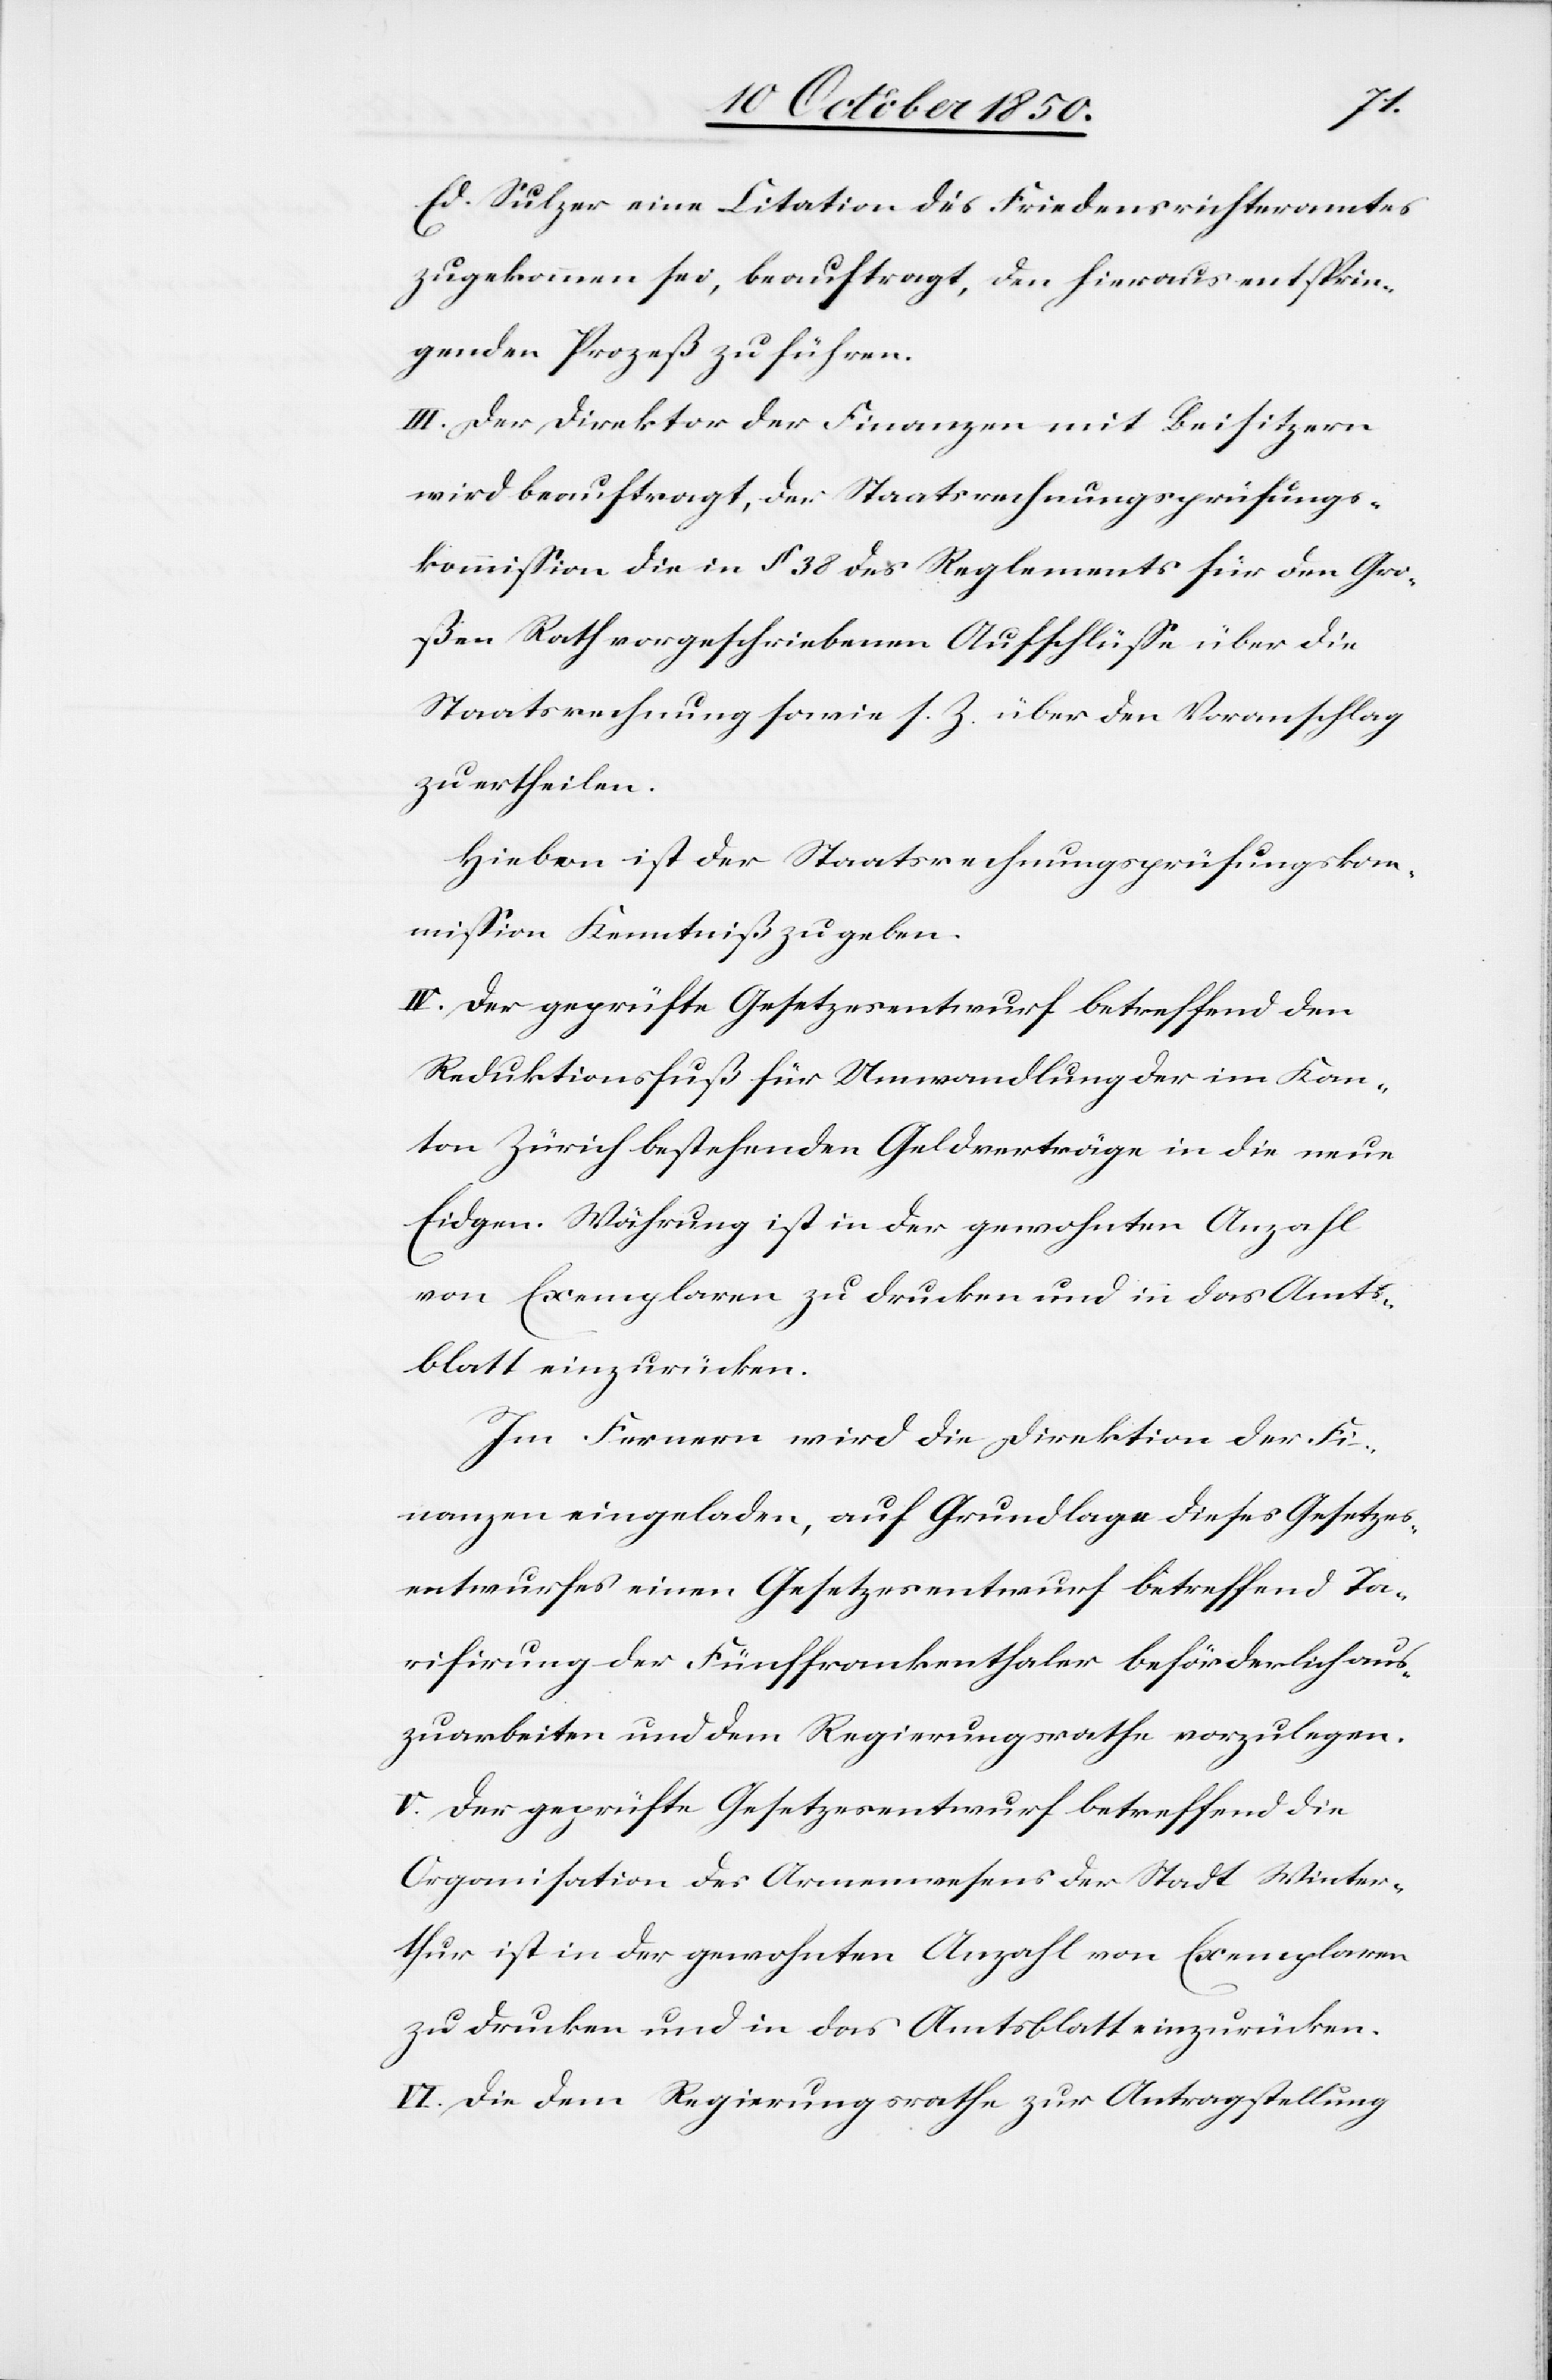
Ed. Sulzer eine Citation des Friedensrichteramtes
zugekommen sei, beauftragt, den hieraus entsprin¬
genden Prozeß zu führen.
III. Der Direktor der Finanzen mit Beisitzern
wird beauftragt, der Staatsrechnungsprüfungs¬
kommission die in § 38 des Reglements für den Gro¬
ßen Rath vorgeschriebenen Aufschlüsse über die
Staatsrechnung sowie s. Z. über den Voranschlag
zu ertheilen.
Hievon ist der Staatsrechnungsprüfungskom¬
mission Kenntniß zu geben.
IV. Der geprüfte Gesetzesentwurf betreffend den
Reduktionsfuß für Umwandlung der im Kan¬
ton Zürich bestehenden Geldverträge in die neue
Eidgen. Währung ist in der gewohnten Anzahl
von Exemplaren zu drucken und in das Amts¬
blatt einzurücken.
Im Fernern wird die Direktion der Fi¬
nanzen eingeladen, auf Grundlage dieses Gesetzes¬
entwurfes einen Gesetzesentwurf betreffend Ta¬
rifirung der Fünffrankenthaler beförderlich aus¬
zuarbeiten und dem Regierungsrathe vorzulegen.
V. Der geprüfte Gesetzesentwurf betreffend die
Organisation des Armenwesens der Stadt Winter¬
thur ist in der gewohnten Anzahl von Exemplaren
zu drucken und in das Amtsblatt einzurücken.
VI. Die dem Regierungsrathe zur Antragstellung